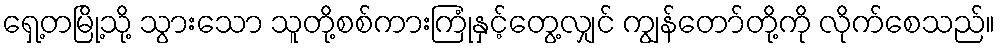
ရှေ့တမြို့သို့ သွားသော သူတို့စစ်ကားကြုံနှင့်တွေ့လျှင် ကျွန်တော်တို့ကို လိုက်စေသည်။